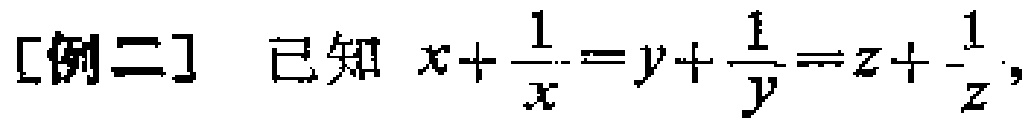
[例二] 已知 \(x+\frac{1}{x}=y+\frac{1}{y}=z + \frac{1}{z}\)，